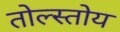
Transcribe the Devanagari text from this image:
तोल्स्तोय